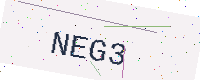
Text: NEG3